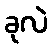
ခုလဲ